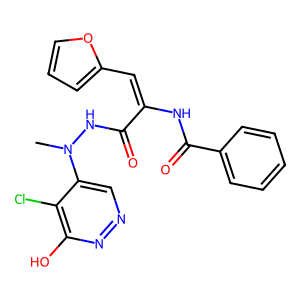
SMILES: CN(NC(=O)C(=Cc1ccco1)NC(=O)c1ccccc1)c1cnnc(O)c1Cl
Inhibits HIV replication: No